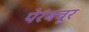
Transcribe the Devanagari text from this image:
पेरंबवूर